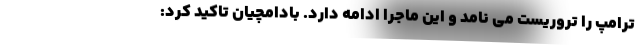
ترامپ را تروریست می نامد و این ماجرا ادامه دارد. بادامچیان تاکید کرد: